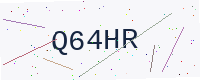
Text: Q64HR